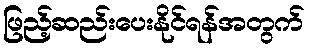
ဖြည့်ဆည်းပေးနိုင်ရန်အတွက်